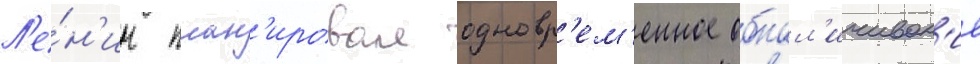
Л'е́н'ин план'ировал одновр'ем'енное обнал'ичиван'ие